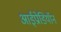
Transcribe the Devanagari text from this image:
आईप्रोडियॉन